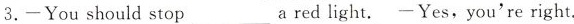
3. —You should stop___a red light. —Yes,you're right.